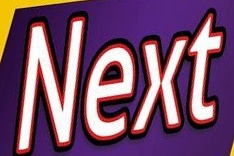
Next